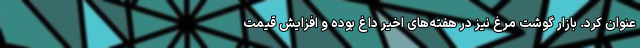
عنوان کرد. بازار گوشت مرغ نیز در هفته‌های اخیر داغ بوده و افزایش قیمت